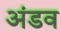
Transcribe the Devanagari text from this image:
अंडव